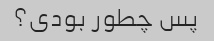
پس چطور بودی؟